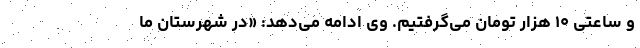
و ساعتی ۱۰ هزار تومان می‌گرفتیم. وی ادامه می‌دهد: «در شهرستان ما